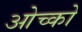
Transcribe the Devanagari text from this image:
ओच्को